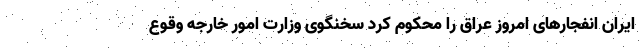
ایران انفجارهای امروز عراق را محکوم کرد سخنگوی وزارت امور خارجه وقوع